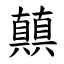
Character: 㒹